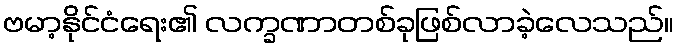
ဗမာ့နိုင်ငံရေး၏ လက္ခဏာတစ်ခုဖြစ်လာခဲ့လေသည်။